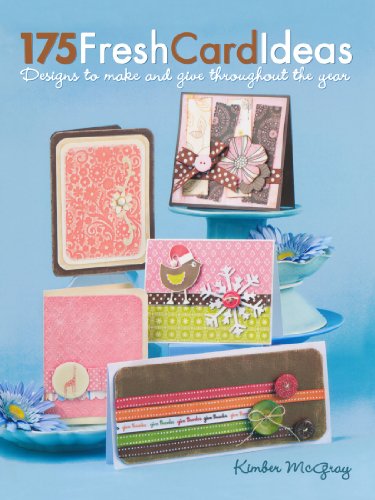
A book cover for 175 Fresh Card Ideas: Designs to Make and Give Throughout the Year; Kimber McGray; Crafts, Hobbies & Home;